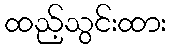
ထည့်သွင်းထား